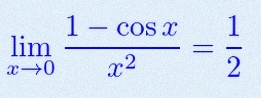
\lim_{x\to0}\frac{1-\cos x}{x^2}=\frac12